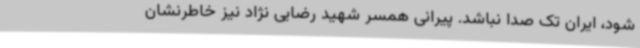
شود، ایران تک صدا نباشد. پیرانی همسر شهید رضایی نژاد نیز خاطرنشان